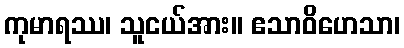
ကုမာရဿ၊ သူငယ်အား။ ဧသာဝိဟေသာ၊